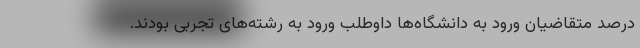
درصد متقاضیان ورود به دانشگاه‌ها داوطلب ورود به رشته‌های تجربی بودند.